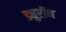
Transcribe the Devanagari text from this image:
ड्युरॉन